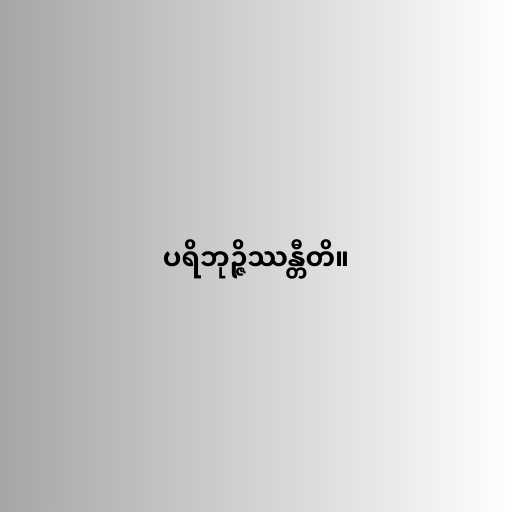
ပရိဘုဉ္ဇိဿန္တီတိ။